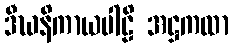
ဒီဃနိကာယပါဠိ အဋ္ဌကထာ